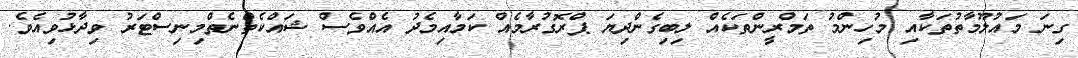
ގިނަ މައުލޫމާތުތަކާއި މުހިންމު ތަމްރީންތަކެއް ލިބިގެންދިޔަ ޕްރޮގުރާމެއް ކަމާއިމެދު އެއްވެސް ޝައްކެތްނެތްމިނިސްޓަރު ވިދާޅުވިއެވެ.